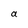
Character: a